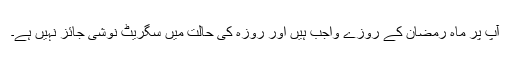
آپ پر ماہ رمضان کے روزے واجب ہیں اور روزہ کی حالت میں سگریٹ نوشی جائز نہیں ہے۔